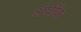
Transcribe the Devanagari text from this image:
श्रपींक